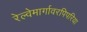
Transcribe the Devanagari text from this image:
रेल्वेमार्गावरपिपरिया